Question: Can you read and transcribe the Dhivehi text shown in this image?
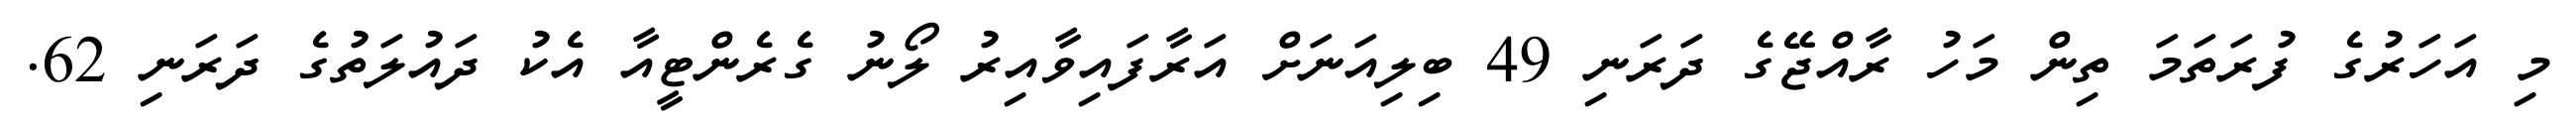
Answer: މި އަހަރުގެ ފުރަތަމަ ތިން މަހު ރާއްޖޭގެ ދަރަނި 49 ބިލިއަނަށް އަރާފައިވާއިރު ލޯނު ގެރެންޓީއާ އެކު ދައުލަތުގެ ދަރަނި 62.